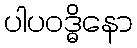
ပါပဝဒ္ဓိနော